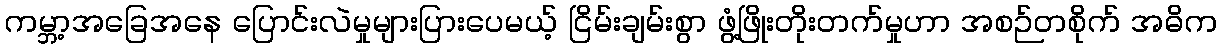
ကမ္ဘာ့အခြေအနေ ပြောင်းလဲမှုများပြားပေမယ့် ငြိမ်းချမ်းစွာ ဖွံ့ဖြိုးတိုးတက်မှုဟာ အစဉ်တစိုက် အဓိက